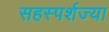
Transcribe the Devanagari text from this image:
सहस्पर्शज्या